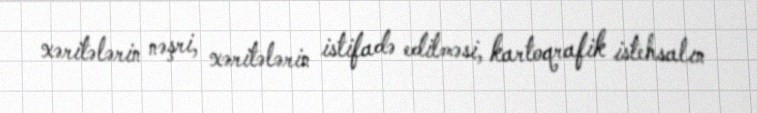
xəritələrin nəşri, xəritələrin istifadə edilməsi, kartoqrafik istehsalın